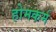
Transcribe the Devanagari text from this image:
होमकर्म